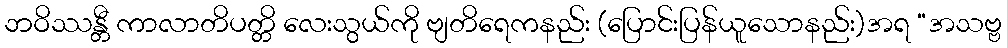
ဘဝိဿန္တီ ကာလာတိပတ္တိ လေးသွယ်ကို ဗျတိရေကနည်း (ပြောင်းပြန်ယူသောနည်း)အရ “အသဗ္ဗ